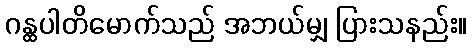
ဂန္ထပါတိမောက်သည် အဘယ်မျှ ပြားသနည်း။